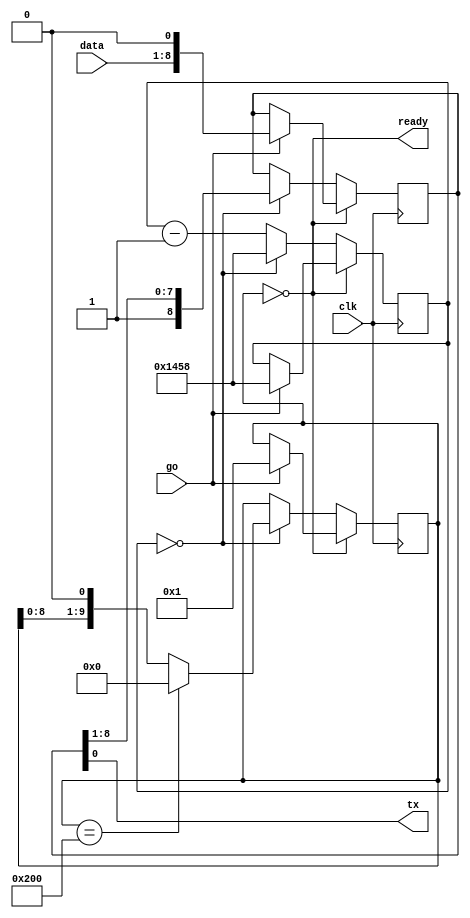
module uart_sender #(
    parameter clock = 50_000_000,
    parameter baudrate = 9600
) (
    input clk,
    input go,
    input [7:0] data,
    output tx,
    output ready
);

parameter wait_time = clock / baudrate;

parameter send_ready = 10'b0000000000,
          send_start = 10'b0000000001,
          send_stop  = 10'b1000000000;

reg [31:0] wait_count = wait_time,
           wait_count_next = wait_time;
reg [9:0] state = send_ready,
          state_next  = send_ready;
reg [8:0] send_buf = 9'b111111111,
          send_buf_next = 9'b111111111;
      
always @(posedge clk) begin
    state <= state_next;
    wait_count <= wait_count_next;
    send_buf <= send_buf_next;
end

always @(*) begin
    state_next = state;
    wait_count_next = wait_count;
    send_buf_next = send_buf;
    case (state)
        send_ready: begin
            if (go == 1) begin
                state_next = send_start;
                wait_count_next = wait_time;
                send_buf_next = {data, 1'b0};
            end
        end
        default: begin
            if (wait_count == 0) begin
                if (state == send_stop)
                    state_next = send_ready;
                else
                    state_next = {state[8:0], 1'b0};
                wait_count_next = wait_time;
                send_buf_next = {1'b1, send_buf[8:1]};
            end
            else begin
                wait_count_next = wait_count - 1;
            end
        end
    endcase
end

assign tx = send_buf[0];
assign ready = state == send_ready;

endmodule